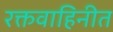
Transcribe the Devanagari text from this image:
रक्तवाहिनीत